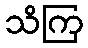
သိကြ